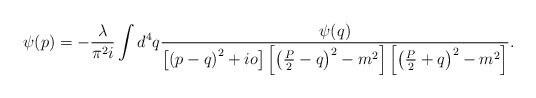
\begin{align*}\psi(p)=-\frac{\lambda}{\pi^2i}\int d^4q\frac{\psi(q)}{\left[\left(p-q\right)^2+io\right]\left[\left(\frac{P}{2}-q\right)^2-m^2\right]\left[\left(\frac{P}{2}+q\right)^2-m^2\right]}.\end{align*}